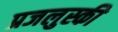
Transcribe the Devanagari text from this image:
प्रजलुस्की